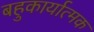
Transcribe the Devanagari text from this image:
बहुकार्यात्‍मक